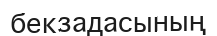
бекзадасының